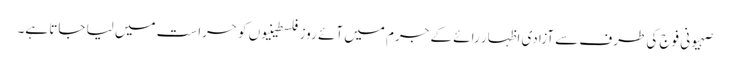
صہیونی فوج کی طرف سے آزادی اظہار رائے کے جرم میں آئے روز فلسطینیوں کو حراست میں لیا جاتا ہے۔